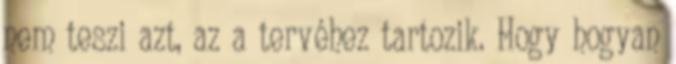
nem teszi azt, az a tervéhez tartozik. Hogy hogyan